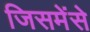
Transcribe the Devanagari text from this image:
जिसमेंसे